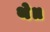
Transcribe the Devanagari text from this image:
थे॥